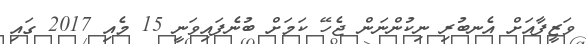
ވަޒީފާއަށް އެނބުރި ނިކުންނަން ޖެހޭ ކަމަށް ބުނެފައިވަނީ 15 މެއި 2017 ގައި